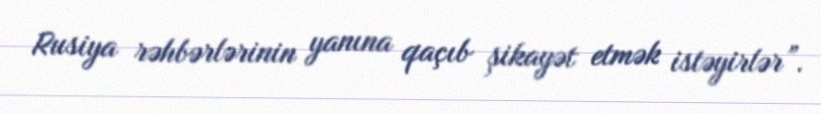
Rusiya rəhbərlərinin yanına qaçıb şikayət etmək istəyirlər”.